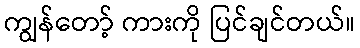
ကျွန်တော့် ကားကို ပြင်ချင်တယ်။